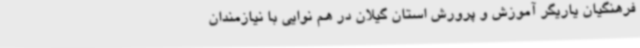
فرهنگیان یاریگر آموزش و پرورش استان گیلان در هم نوایی با نیازمندان